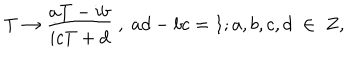
T \rightarrow \frac { a T - i b } { i c T + d } \; , \; a d - b c = 1 ; a , b , c , d \; \in \; Z ,